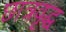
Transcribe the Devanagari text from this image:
छात्रवृद्ध